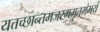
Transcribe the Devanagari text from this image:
यत्तच्छान्तमजरममृतमभयं